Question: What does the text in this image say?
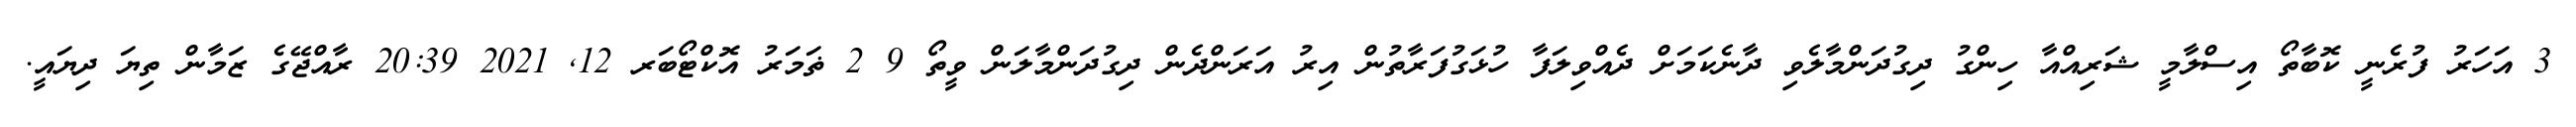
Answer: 3 އަހަރު ފުރެނީ ކޮބާތޯ އިސްލާމީ ޝަރިއްއާ ހިންގު ދިގުދަންމާލެވި ދާނެކަމަށް ދެއްވިލަފާ ހުޅަގުފަރާތުން އިރު އަރަންދެން ދިގުދަންމާލަން ވީތޯ 9 2 ޡަމަރު އޮކްޓޯބަރ 12, 2021 20:39 ރާއްޖޭގެ ޒަމާން ތިޔަ ދިޔައީ.